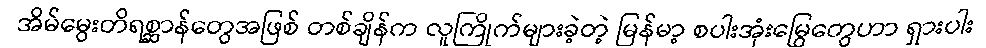
အိမ်မွေးတိရစ္ဆာန်တွေအဖြစ် တစ်ချိန်က လူကြိုက်များခဲ့တဲ့ မြန်မာ့ စပါးအုံးမြွေတွေဟာ ရှားပါး